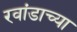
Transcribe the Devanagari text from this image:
रवांडाच्या